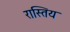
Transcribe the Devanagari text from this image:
रास्तिय